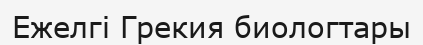
Ежелгі Грекия биологтары